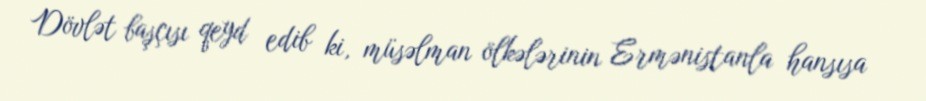
Dövlət başçısı qeyd edib ki, müsəlman ölkələrinin Ermənistanla hansısa